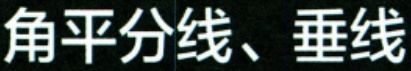
角平分线、垂线